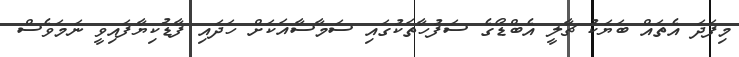
މިފަދަ އެތައް ބަޔަކު ޗާލީ އެބްޑޯގެ ސަފުހާތަކުގައި ސަމާސާއަކަށް ހަދައި ފާޑުކިޔާފައިވީ ނަމަވެސް